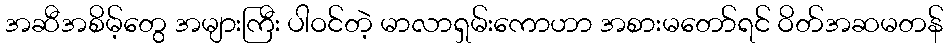
အဆီအစိမ့်တွေ အများကြီး ပါဝင်တဲ့ မာလာရှမ်းကောဟာ အစားမတော်ရင် ဝိတ်အဆမတန်